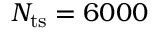
N _ { \mathrm { t s } } = 6 0 0 0